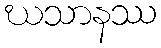
ဃသာနဿ